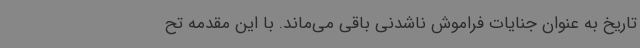
تاریخ به عنوان جنایات فراموش ناشدنی باقی می‌ماند. با این مقدمه تح